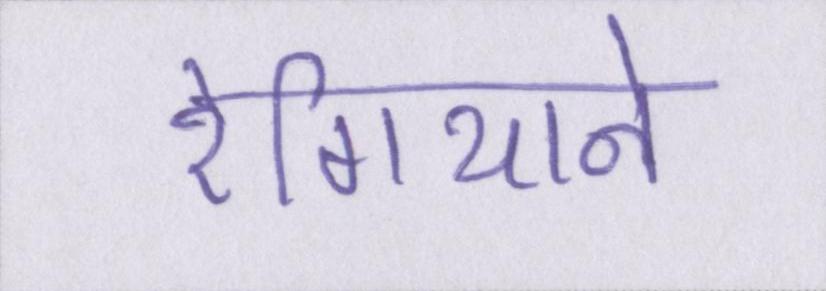
रेगियाने